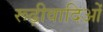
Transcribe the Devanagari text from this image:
रूढ़ीवादिओं